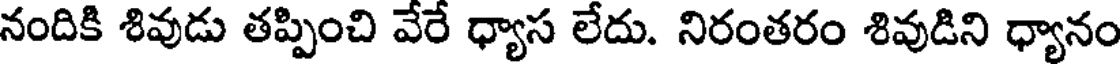
నందికి శివుడు తప్పించి వేరే ధ్యాస లేదు. నిరంతరం శివుడిని ధ్యానం